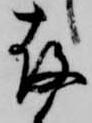
存